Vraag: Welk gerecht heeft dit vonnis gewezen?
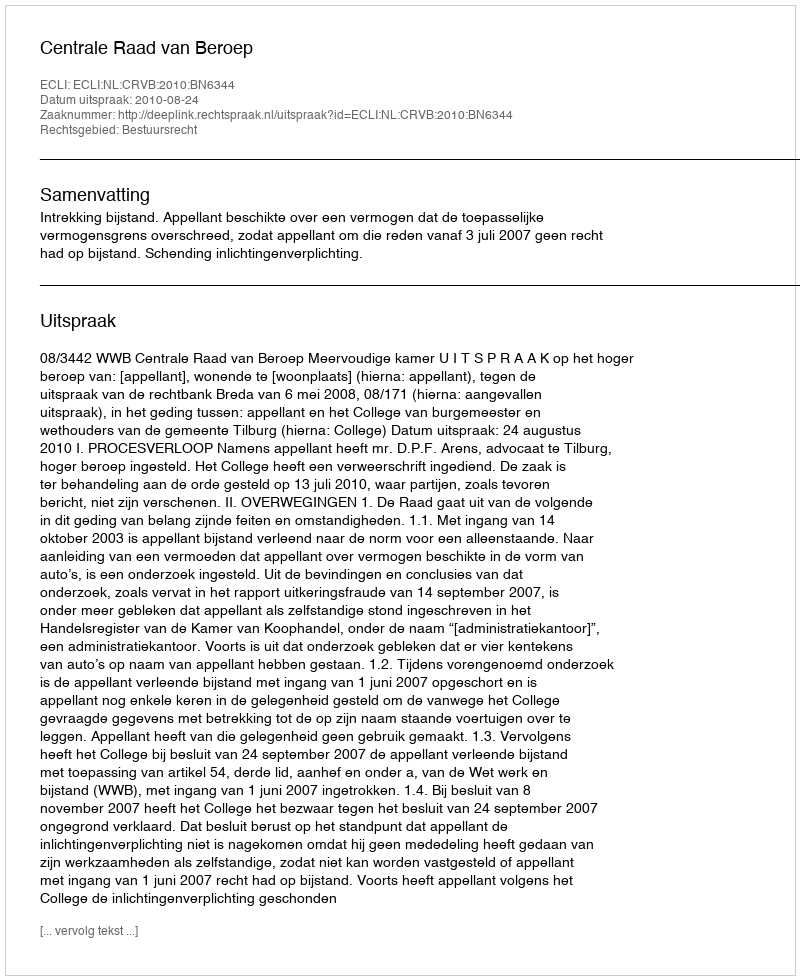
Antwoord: Centrale Raad van Beroep